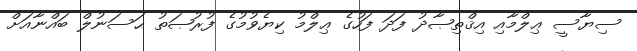
ސިޔާސީ ޢިލްމާއި އިޤްތިޞާދު ފަދަ ފަހުގެ ޢިލްމު ކިޔެވުމުގެ ފުރުޞަތު ޙަސަނުލް ބައްނާއަށް